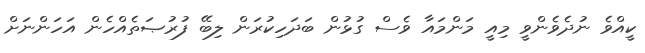
ކީއްވެ ނުދެވެންވީ މިއީ މަންމައާ ވެސް ގުޅުން ބަދަހިކުރަން ލިބޭ ފުރުޞަތެއްހެން އަހަންނަށް